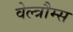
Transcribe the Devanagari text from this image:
वेल्त्रौम्स